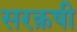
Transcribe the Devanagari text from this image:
सरक़षी